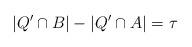
LaTeX: \begin{align*}|Q'\cap B| - |Q'\cap A| = \tau\end{align*}